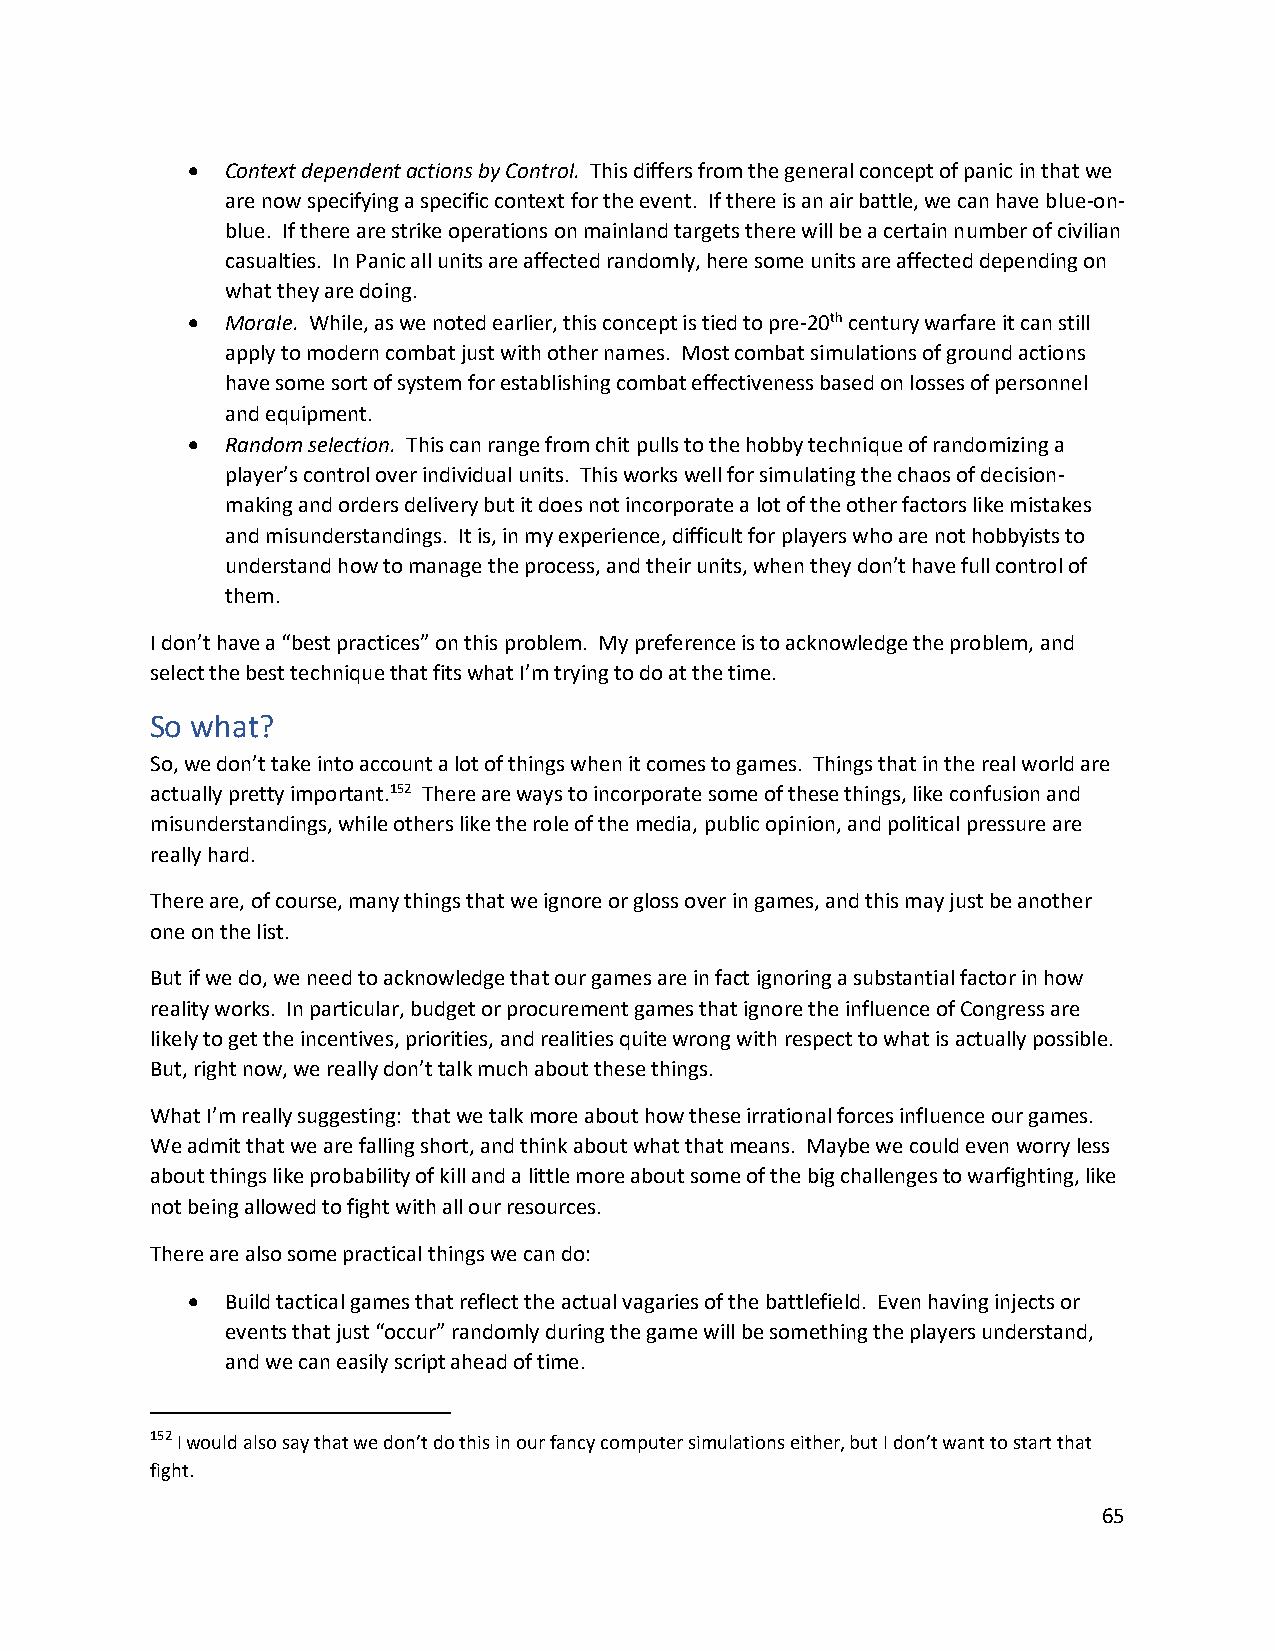
•  Context dependent actions by Control. This differs from the general concept of panic in that we
 are now specifying a specific context for the event. If there is an air battle, we can have blue-on-
 blue. If there are strike operations on mainland targets there will be a certain number of civilian
 casualties. In Panic all units are affected randomly, here some units are affected depending on
 what they are doing.
 •  Morale. While, as we noted earlier, this concept is tied to pre-20th century warfare it can still
 apply to modern combat just with other names. Most combat simulations of ground actions
 have some sort of system for establishing combat effectiveness based on losses of personnel
 and equipment.
 •  Random selection. This can range from chit pulls to the hobby technique of randomizing a
 player’s control over individual units. This works well for simulating the chaos of decision-
 making and orders delivery but it does not incorporate a lot of the other factors like mistakes
 and misunderstandings. It is, in my experience, difficult for players who are not hobbyists to
 understand how to manage the process, and their units, when they don’t have full control of
 them.
 I don’t have a “best practices” on this problem. My preference is to acknowledge the problem, and
 select the best technique that fits what I’m trying to do at the time.
 So what?
 So, we don’t take into account a lot of things when it comes to games. Things that in the real world are
 actually pretty important.152 There are ways to incorporate some of these things, like confusion and
 misunderstandings, while others like the role of the media, public opinion, and political pressure are
 really hard.
 There are, of course, many things that we ignore or gloss over in games, and this may just be another
 one on the list.
 But if we do, we need to acknowledge that our games are in fact ignoring a substantial factor in how
 reality works. In particular, budget or procurement games that ignore the influence of Congress are
 likely to get the incentives, priorities, and realities quite wrong with respect to what is actually possible.
 But, right now, we really don’t talk much about these things.
 What I’m really suggesting: that we talk more about how these irrational forces influence our games.
 We admit that we are falling short, and think about what that means. Maybe we could even worry less
 about things like probability of kill and a little more about some of the big challenges to warfighting, like
 not being allowed to fight with all our resources.
 There are also some practical things we can do:
 •  Build tactical games that reflect the actual vagaries of the battlefield. Even having injects or
 events that just “occur” randomly during the game will be something the players understand,
 and we can easily script ahead of time.
 152 I would also say that we don’t do this in our fancy computer simulations either, but I don’t want to start that
 fight.
 65